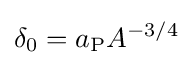
\delta _{0}=a_{\text{P}}A^{-3/4}